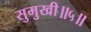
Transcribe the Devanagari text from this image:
सुमुखी॥५॥